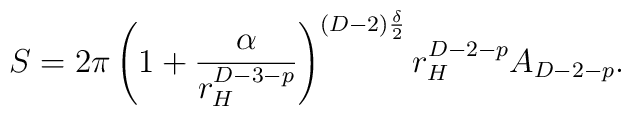
S=2\pi \left(1+\frac{\alpha }{r_{H}^{D-3-p}}\right)^{(D-2)\frac{\delta}{2}}r_{H}^{D-2-p}A_{D-2-p}.